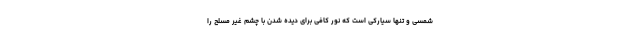
شمسی و تنها سیارکی است که نور کافی برای دیده شدن با چشم غیر مسلح را